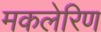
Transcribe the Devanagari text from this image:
मकलेरिण